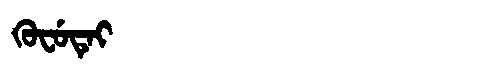
Manchu: ᡴᡠᠸᡠᡨᡝᡳ
Romanization: KUFUTEI